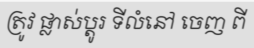
ត្រូវ ផ្លាស់ប្តូរ ទីលំនៅ ចេញ ពី